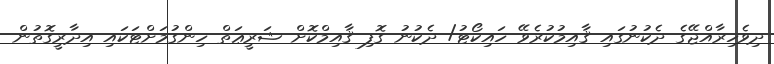
ދިވެހިރާއްޖޭގެ ދެކުނުގައި ޤާއިމުކުރެވޭ ހައިކޯޓު/ ދެކުނު ގޮފި ޤާއިމްކޮށް ޝަރީޢަތް ހިންގުމަށްޓަކައި އިދާރީގޮތުން